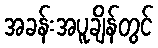
အခန်းအပူချိန်တွင်